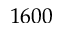
1 6 0 0